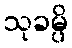
သုခမ္ပိ